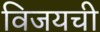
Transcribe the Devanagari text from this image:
विजयची